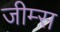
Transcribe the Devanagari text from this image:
जीम्स